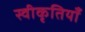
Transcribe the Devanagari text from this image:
स्वीकृतियाँ